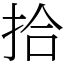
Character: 拾